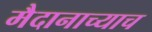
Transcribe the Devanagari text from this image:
मैदानाच्याच